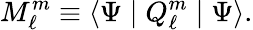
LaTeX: M_{\ell}^{m}\equiv\langle\Psi\mid Q_{\ell}^{m}\mid\Psi\rangle.